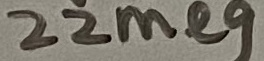
Text: 22meg